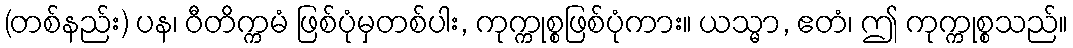
(တစ်နည်း) ပန၊ ဝီတိက္ကမံ ဖြစ်ပုံမှတစ်ပါး, ကုက္ကုစ္စဖြစ်ပုံကား။ ယသ္မာ, ဧတံ၊ ဤ ကုက္ကုစ္စသည်။